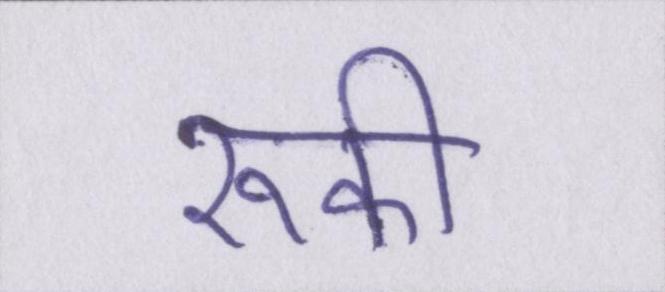
रूकी